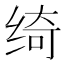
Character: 绮